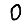
Digit: 0